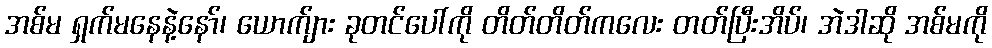
အစ်မ ရှက်မနေနဲ့နော်၊ ယောက်ျား ခုတင်ပေါ်ကို တိတ်တိတ်ကလေး တတ်ပြီးအိပ်၊ အဲဒါဆို အစ်မကို